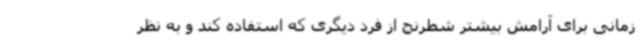
زمانی برای آرامش بیشتر شطرنج از فرد دیگری که استفاده کند و به نظر